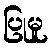
ပြုမူ